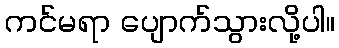
ကင်မရာ ပျောက်သွားလို့ပါ။